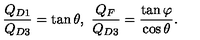
\frac { Q _ { D 1 } } { Q _ { D 3 } } = \tan \theta , \ \frac { Q _ { F } } { Q _ { D 3 } } = \frac { \tan \varphi } { \cos \theta } .